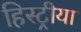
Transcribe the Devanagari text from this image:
हिस्ट्रीया